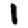
Digit: 1